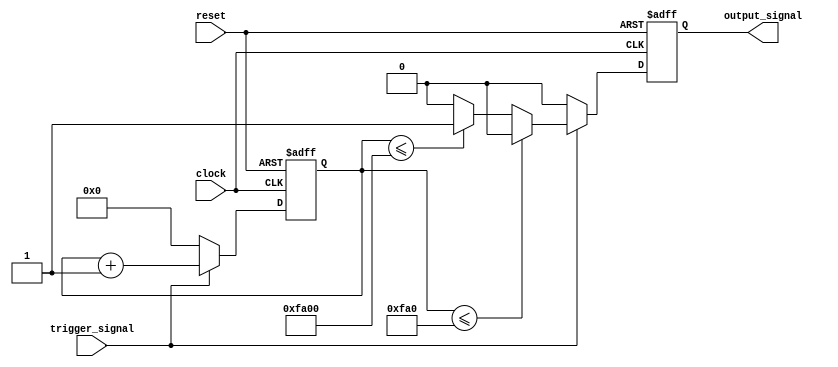
///////////////////////////////////////////////////////////////////////////////////////////////////
// Company: <Name>
//
// File history:
//      <Revision number>: <Date>: <Comments>
//      <Revision number>: <Date>: <Comments>
//      <Revision number>: <Date>: <Comments>
//
// Description: 
//
// <Description here>
//
// Targeted device: <Family::IGLOO> <Die::AGLN250V2> <Package::100 VQFP>
//
/////////////////////////////////////////////////////////////////////////////////////////////////// 
//`timescale <time_units> / <precision>

module modulator( clock, reset, trigger_signal, output_signal );
input clock, reset, trigger_signal;
output reg output_signal;

reg[15:0] clock_counter;

always @(negedge reset or posedge clock)
begin
    if (~reset)
    begin
        clock_counter <= 0;
        output_signal <= 1'b0;
    end
    else if (trigger_signal)
    begin
        clock_counter <= clock_counter+1;
        if (clock_counter<=16'd4000)
            output_signal <= 1'b0;
        else if (clock_counter<=16'd64000)
            output_signal <= 1'b1;
        else
            output_signal <= 1'b0;
    end
    else
    begin
        clock_counter <= 16'd0;
        output_signal <= 1'b0;
    end
end

endmodule